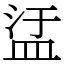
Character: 盓